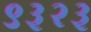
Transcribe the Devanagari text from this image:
९३२३